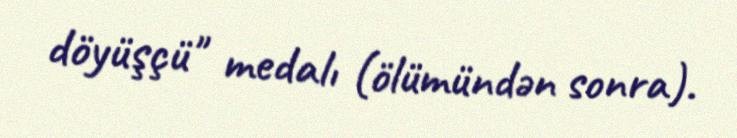
döyüşçü" medalı (ölümündən sonra).